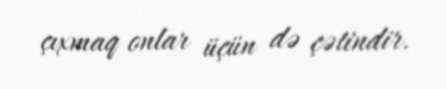
çıxmaq onlar üçün də çətindir.